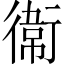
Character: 𫟘